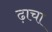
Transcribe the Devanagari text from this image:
ढ़ाचा